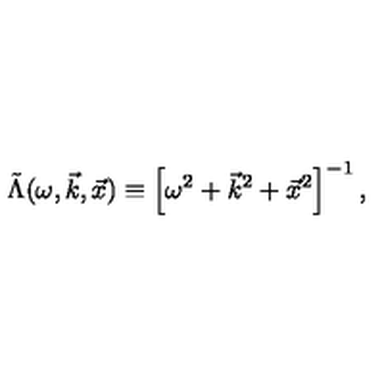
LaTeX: \tilde { \Lambda } ( \omega , \vec { k } , \vec { x } ) \equiv \left[ \omega ^ { 2 } + \vec { k } ^ { 2 } + \vec { x } ^ { 2 } \right] ^ { - 1 } ,